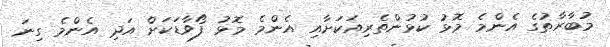
މުބާރާތުގެ އެންމެ މޮޅު ކުޅުންތެރިއަކަށާއި އެންމެ މޮޅު ފޯވާޑަކަށް އަދި އެންމެ ގިނަ